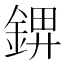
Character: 𰼺